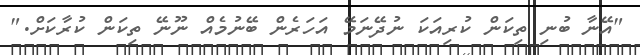
"އޭނާ ބުނި ތިކަން ކުރިއަކަ ނުދޭނަމޭ އަހަރެން ބޭނުމެއް ނޫނޭ ތިކަން ކުރާކަށް."